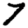
Digit: 7